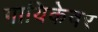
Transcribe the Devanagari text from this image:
गायिकेवर